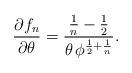
LaTeX: \begin{align*}\frac{\partial f_{n}}{\partial \theta} =\frac{\frac{1}{n}-\frac{1}{2}}{\theta\,{\phi^{\frac{1}{2}+\frac{1}{n}}}}.\end{align*}